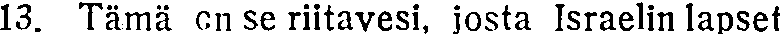
13. Tämä on se riitavesi, josta Israelin lapset